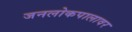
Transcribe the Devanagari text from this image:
जनलोकपालावर